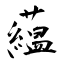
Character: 藴